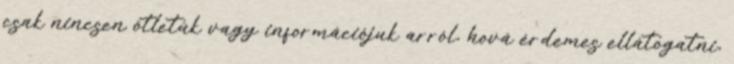
csak nincsen ötletük vagy információjuk arról, hová érdemes ellátogatni,